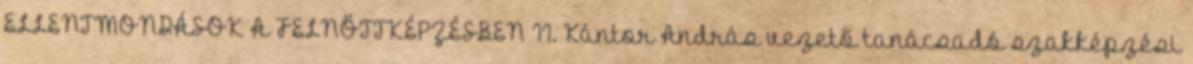
ELLENTMONDÁSOK A FELNŐTTKÉPZÉSBEN II. Kántor András vezető tanácsadó szakképzési